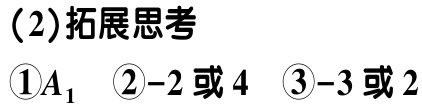
（2）拓展思考

\textcircled{1}$A_{1}$ \textcircled{2}$-2$或$4$ \textcircled{3}$-3$或$2$